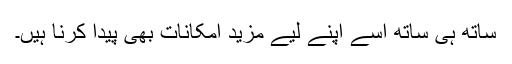
ساتھ ہی ساتھ اُسے اپنے لیے مزید امکانات بھی پیدا کرنا ہیں۔